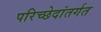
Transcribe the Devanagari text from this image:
परिच्छेदांतर्गत